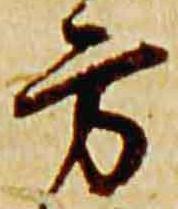
方